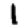
Digit: 1